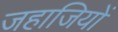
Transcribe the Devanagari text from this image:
जहाजियों